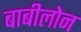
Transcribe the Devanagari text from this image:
बाबीलोन